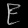
Digit: ၉